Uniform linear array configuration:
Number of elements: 64
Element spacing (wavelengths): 0.25
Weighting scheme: kaiser
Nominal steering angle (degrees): -45
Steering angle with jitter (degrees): -45.12
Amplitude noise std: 0.05
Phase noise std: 0.05

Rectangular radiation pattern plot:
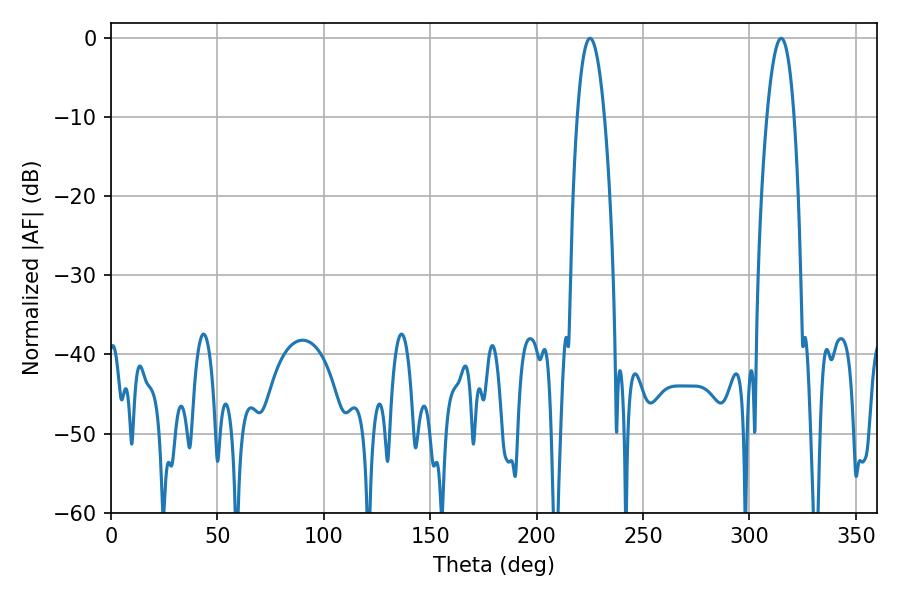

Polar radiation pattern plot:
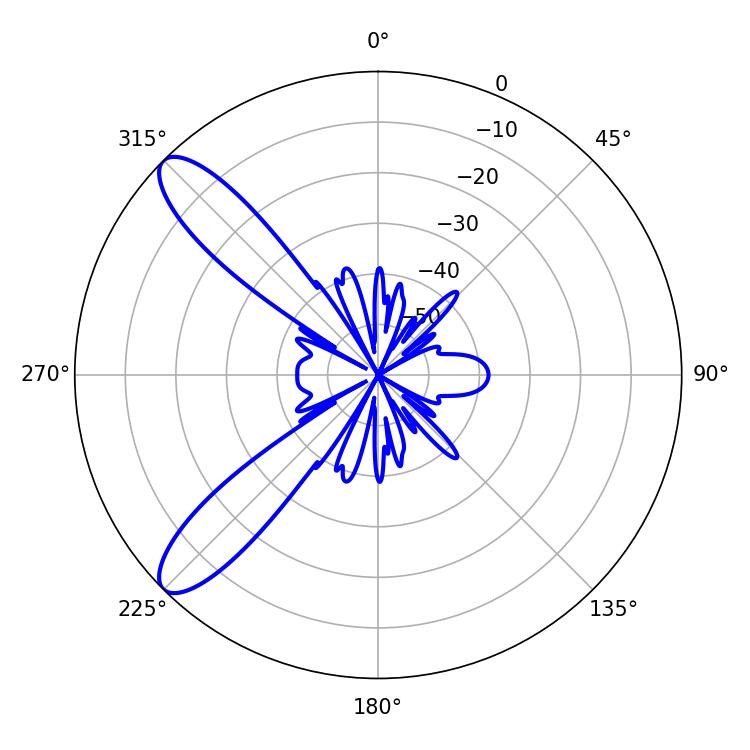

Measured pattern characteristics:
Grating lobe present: FALSE
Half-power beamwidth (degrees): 7.02
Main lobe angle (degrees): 225.18